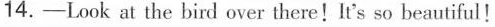
14.-Look at the bird over there!lt's so beautiful!